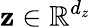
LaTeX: \mathbf{z}\in\mathbb{R}^{d_{z}}